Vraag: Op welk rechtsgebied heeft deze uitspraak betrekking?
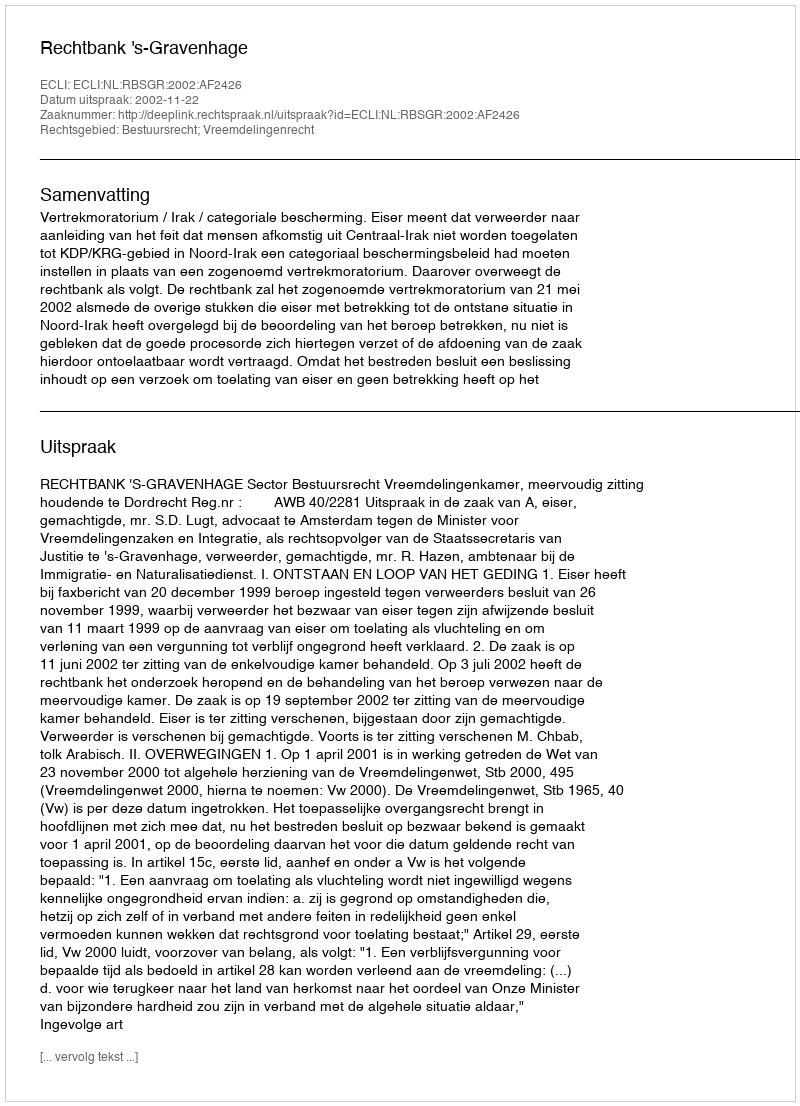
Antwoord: Bestuursrecht; Vreemdelingenrecht